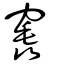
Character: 竁